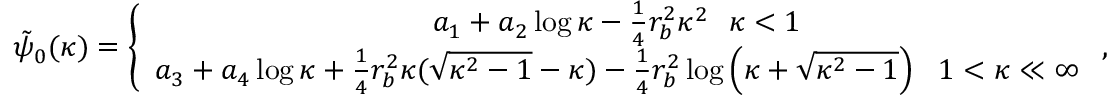
\begin{array} { r } { \tilde { \psi } _ { 0 } ( \kappa ) = \left\{ \begin{array} { c } { a _ { 1 } + a _ { 2 } \log \kappa - \frac { 1 } { 4 } r _ { b } ^ { 2 } \kappa ^ { 2 } ~ ~ \kappa < 1 } \\ { a _ { 3 } + a _ { 4 } \log \kappa + \frac { 1 } { 4 } r _ { b } ^ { 2 } \kappa ( \sqrt { \kappa ^ { 2 } - 1 } - \kappa ) - \frac { 1 } { 4 } r _ { b } ^ { 2 } \log \left( \kappa + \sqrt { \kappa ^ { 2 } - 1 } \right) ~ ~ 1 < \kappa \ll \infty } \end{array} \right. , } \end{array}